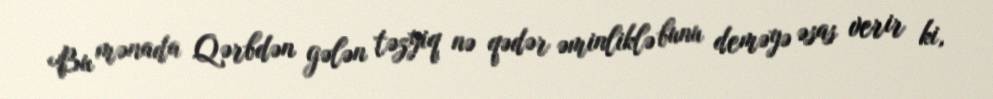
Bu mənada Qərbdən gələn təzyiq nə qədər əminliklə bunu deməyə əsas verir ki,